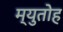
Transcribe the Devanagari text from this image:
म्युतोह